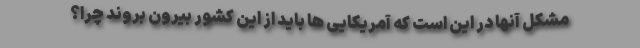
مشکل آنها در این است که آمریکایی ها باید از این کشور بیرون بروند چرا؟